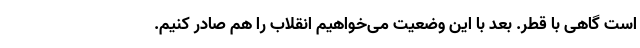
است گاهی با قطر. بعد با این وضعیت می‌خواهیم انقلاب را هم صادر کنیم.